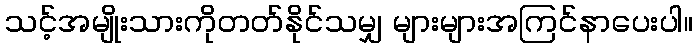
သင့်အမျိုးသားကိုတတ်နိုင်သမျှ များများအကြင်နာပေးပါ။